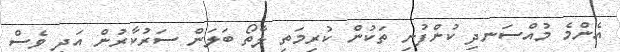
އެންމެ މުއްސަނދި ކުންފުނި ތަކުން ކުރިމަތި ލާތޯ ބަލަން ސަރުކާރުން އަދި ވެސް